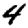
Digit: 4